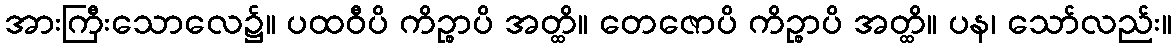
အားကြီးသောလေ၌။ ပထဝီပိ ကိဉ္စာပိ အတ္ထိ။ တေဇောပိ ကိဉ္စာပိ အတ္ထိ။ ပန၊ သော်လည်း။